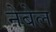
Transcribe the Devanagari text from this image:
नेबेल